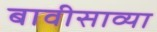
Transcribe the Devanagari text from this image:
बावीसाव्या